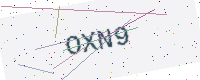
Text: OXN9